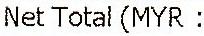
NET TOTAL(MYR :